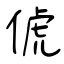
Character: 俿